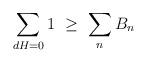
LaTeX: \begin{align*}\sum\limits_{dH=0} 1 \ \geq \ \sum\limits_{n} B_n\end{align*}